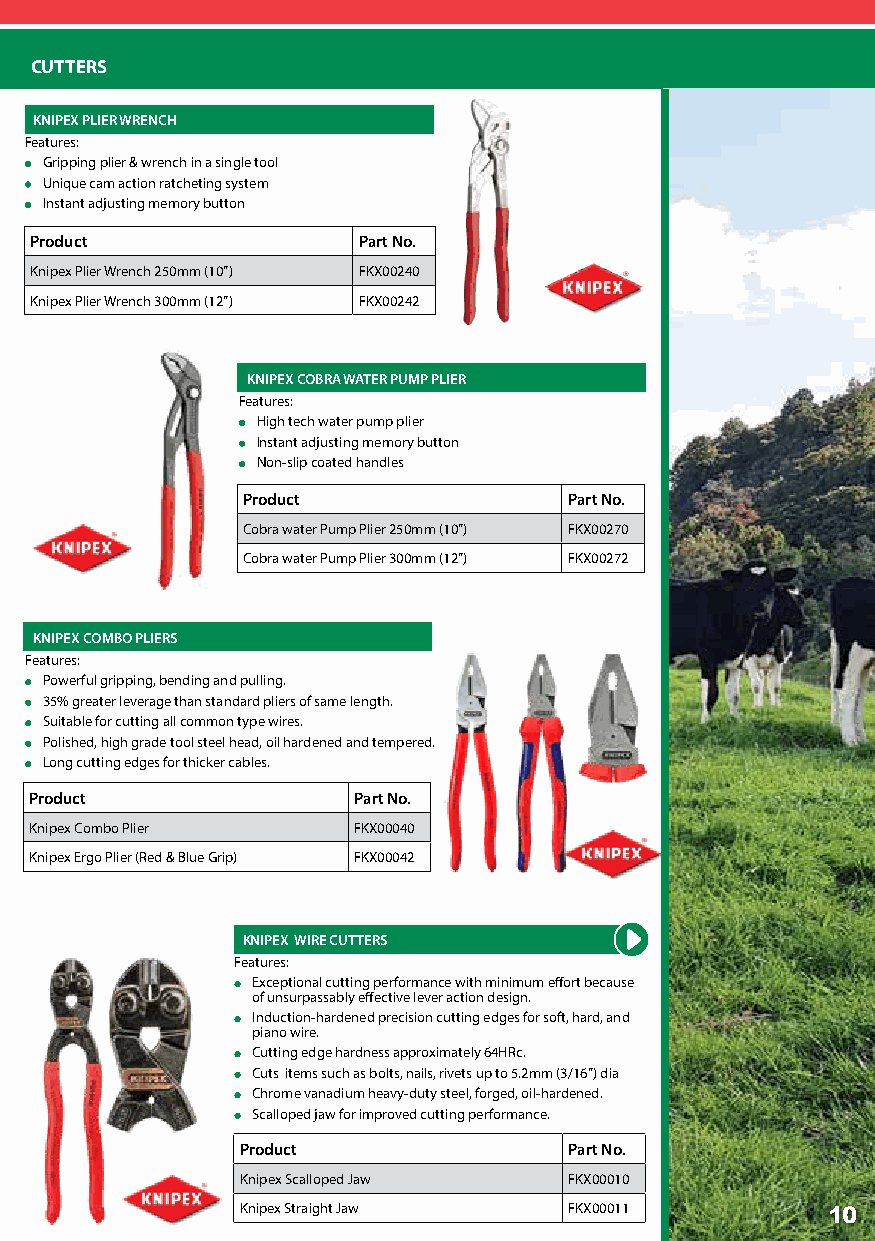
CUTTERS
 KNIPEX PLIER WRENCH
 Features:
 Gripping plier & wrench in a single tool
 Unique cam action ratcheting system
 Instant adjusting memory button
 Product               Part No.
 Knipex Plier Wrench 250mm (10”) FKX00240
 Knipex Plier Wrench 300mm (12”) FKX00242
 KNIPEX COBRA WATER PUMP PLIER
 Features:
 High tech water pump plier
 Instant adjusting memory button
 Non-slip coated handles
 Product               Part No.
 Cobra water Pump Plier 250mm (10”) FKX00270
 Cobra water Pump Plier 300mm (12”) FKX00272
 KNIPEX COMBO PLIERS
 Features:
 Powerful gripping, bending and pulling.
 35% greater leverage than standard pliers of same length.
 Suitable for cutting all common type wires.
 Polished, high grade tool steel head, oil hardened and tempered.
 Long cutting edges for thicker cables.
 Product              Part No.
 Knipex Combo Plier   FKX00040
 Knipex Ergo Plier (Red & Blue Grip) FKX00042
 KNIPEX WIRE CUTTERS
 Features:
 Exceptional cutting performance with minimum effort because
 of unsurpassably effective lever action design.
 Induction-hardened precision cutting edges for soft, hard, and
 piano wire.
 Cutting edge hardness approximately 64HRc.
 Cuts items such as bolts, nails, rivets up to 5.2mm (3/16”) dia
 Chrome vanadium heavy-duty steel, forged, oil-hardened.
 Scalloped jaw for improved cutting performance.
 Product               Part No.
 Knipex Scalloped Jaw  FKX00010
 Knipex Straight Jaw   FKX00011         10